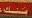
سنك